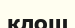
клош